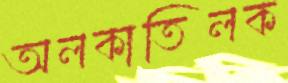
অলকাতিলক